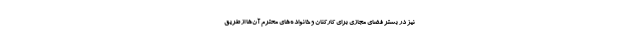
نیز در بستر فضای مجازی برای کارکنان و خانواده‌های محترم آن‌ها از طریق